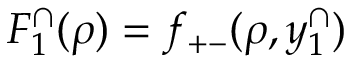
F _ { 1 } ^ { \cap } ( \rho ) = f _ { + - } ( \rho , y _ { 1 } ^ { \cap } )